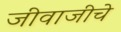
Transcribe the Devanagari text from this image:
जीवाजीचे